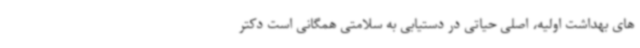
های بهداشت اولیه، اصلی حیاتی در دستیابی به سلامتی همگانی است دکتر